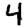
Digit: 4